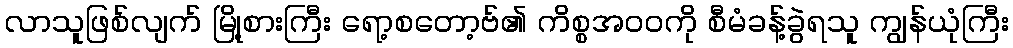
လာသူဖြစ်လျက် မြို့စားကြီး ရော့စတော့ဗ်၏ ကိစ္စအဝဝကို စီမံခန့်ခွဲရသူ ကျွန်ယုံကြီး